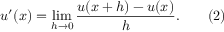
u ^ { \prime } ( x ) = \operatorname* { l i m } _ { h \rightarrow 0 } { \frac { u ( x + h ) - u ( x ) } { h } } . \qquad ( 2 )